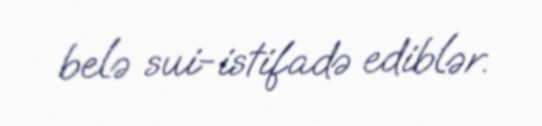
belə sui-istifadə ediblər.